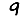
Digit: 9